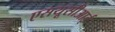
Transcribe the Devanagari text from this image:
एसयूसीआई